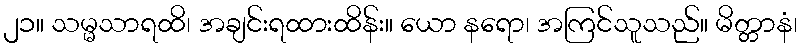
၂၁။ သမ္မသာရထိ၊ အချင်းရထားထိန်း။ ယော နရော၊ အကြင်သူသည်။ မိတ္တာနံ၊